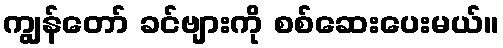
ကျွန်တော် ခင်ဗျားကို စစ်ဆေးပေးမယ်။